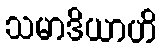
သမာဒိယာဟိ